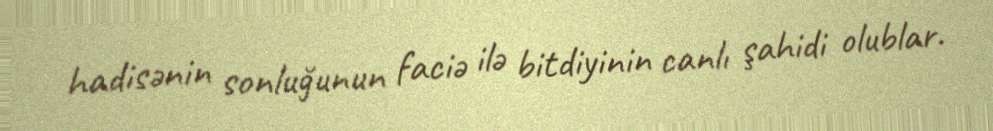
hadisənin sonluğunun faciə ilə bitdiyinin canlı şahidi olublar.